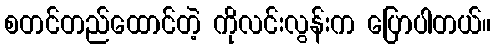
စတင်တည်ထောင်တဲ့ ကိုလင်းလွန်းက ပြောပါတယ်။